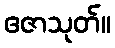
ဧဇာသုတ်။